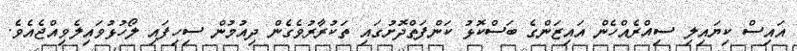
އައިސް ކިޔައިލި ސިއްރެއްހެން އައިޒަންގެ ބަސްކޮޅު ކަންފަތްދޮށުގައި ތަކުރާރުވެގެން ދިއުމުން ސިހިފައި ލޯހުޅުވައިލެވިއްޖެއެވެ.